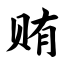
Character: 贿